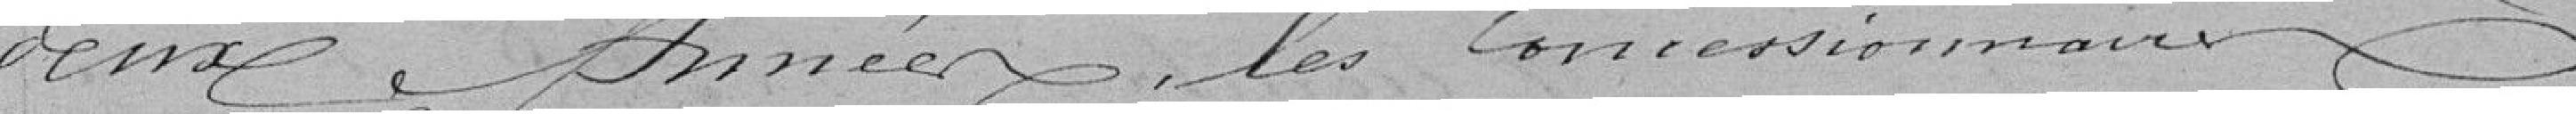
deux années, les Concessionnaux (concessionnaires)